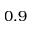
0 . 9